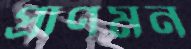
প্রাণমন